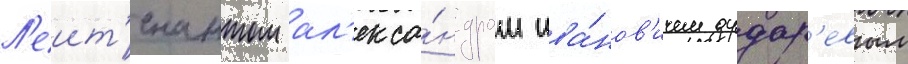
Л'еит'енантом ал'екса́ндром ива́нов'ичем дудар'евым